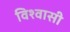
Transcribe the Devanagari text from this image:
विश्‍वासी